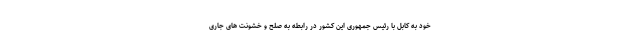
خود به کابل با رئیس جمهوری این کشور در رابطه به صلح و خشونت های جاری